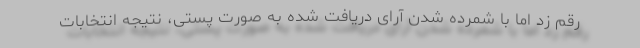
رقم زد اما با شمرده شدن آرای دریافت شده به صورت پستی، نتیجه انتخابات